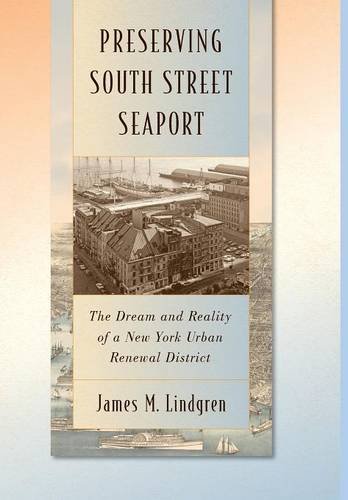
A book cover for Preserving South Street Seaport: The Dream and Reality of a New York Urban Renewal District; James M. Lindgren; Arts & Photography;